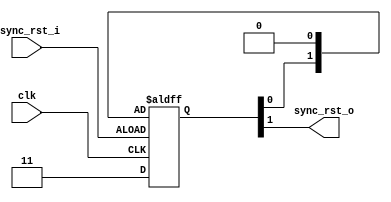
// Code your design here
`timescale 1ns / 1ps

module areset_deassert_sync(
  input clk,
  input async_rst_i,
  output sync_rst_o
);

parameter CHAINS = 2;
parameter RST_POL = 1'b1;

reg [CHAINS-1:0] flipflops;

assign sync_rst_o = flipflops[CHAINS-1];

always @(posedge clk or negedge async_rst_i) begin
  if (async_rst_i == RST_POL) begin
    flipflops <= {CHAINS{RST_POL}};
  end
  else begin
    flipflops <= {flipflops[CHAINS-2:0], ~RST_POL};
  end
end

endmodule